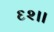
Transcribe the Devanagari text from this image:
६२।।